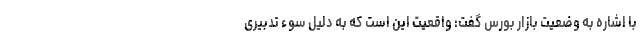
با اشاره به وضعیت بازار بورس گفت: واقعیت این است که به دلیل سوء تدبیری